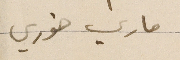
ماري خوري